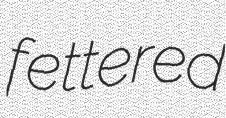
fettered